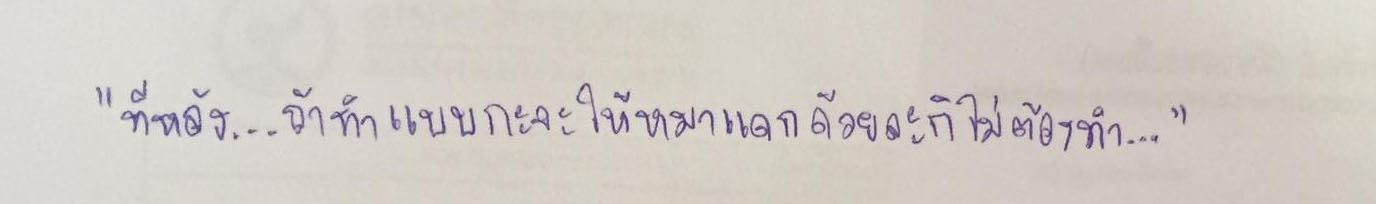
"ทีหลัง...ถ้าทำแบบกะจะให้หมาแดกด้วยละก็ไม่ต้องทำ..."